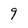
Character: 9